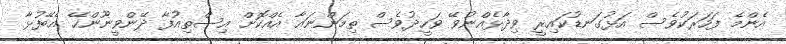
އެންމެ ފަހަރަކުވެސް އަޅުގަނޑުކައިރީ ވިދާޅެއްނުވޭ ވަހީދުވެސް ތިމަންނައާ އެއްކޮށް އިސްތިއުފާ ދޭންވީނޫންހޭ އެބޭފުޅާ